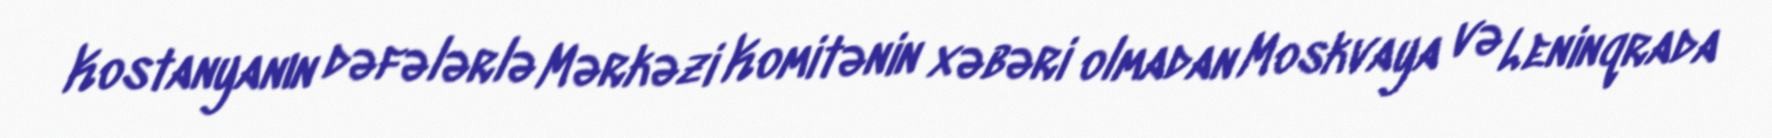
Kostanyanın dəfələrlə Mərkəzi Komitənin xəbəri olmadan Moskvaya və Leninqrada